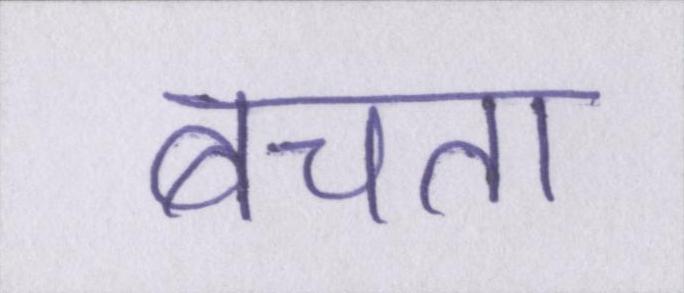
बचता